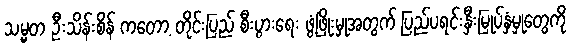
သမ္မတ ဦးသိန်းစိန် ကတော့ တိုင်းပြည် စီးပွားရေး ဖွံ့ဖြိုးမှုအတွက် ပြည်ပရင်းနှီးမြုပ်နှံမှုတွေကို